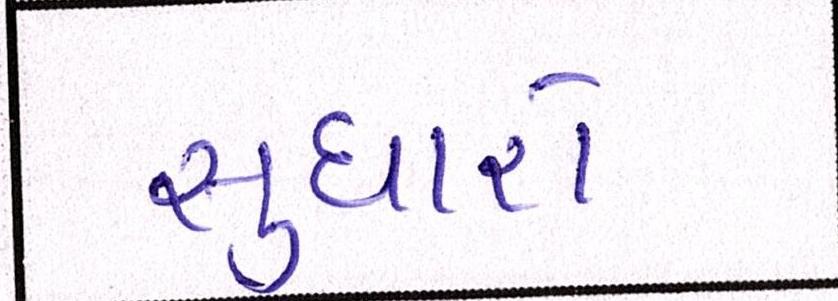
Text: સુધારો